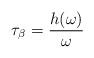
LaTeX: \begin{align*}\tau_\beta= \frac{h(\omega)}{\omega}\end{align*}